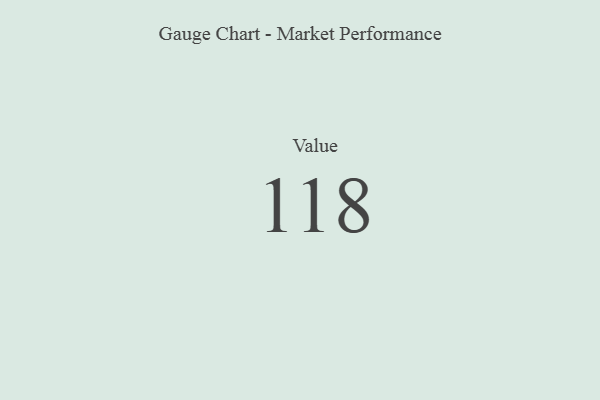
{"axis": {"x": "Metric", "y": "Value"}, "legend": [""], "data": [{"x": "Value", "y": 118, "type": ""}]}